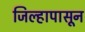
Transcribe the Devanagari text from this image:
जिल्हापासून